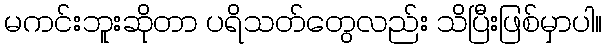
မကင်းဘူးဆိုတာ ပရိသတ်တွေလည်း သိပြီးဖြစ်မှာပါ။